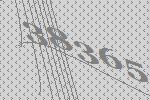
38365